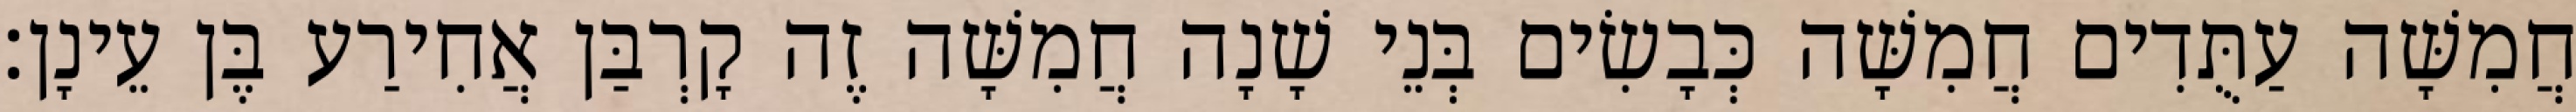
חֲמִשָּׁה עַתֻּדִים חֲמִשָּׁה כְּבָשִׂים בְּנֵי שָׁנָה חֲמִשָּׁה זֶה קָרְבַּן אֲחִירַע בֶּן עֵינָן׃